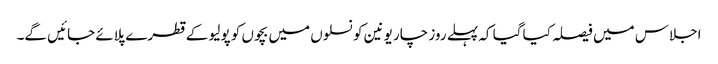
اجلاس میں فیصلہ کیا گیا کہ پہلے روز چار یونین کونسلوں میں بچوں کو پولیو کے قطرے پلائے جائیں گے۔